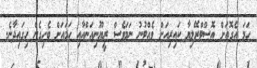
ހަމަ އެގޮތަށް އޮސްޓްރޭލިޔާ ކައިރިއަށް ވެއްޓުނު ނަމަވެސް ރީޔޫނިއަންއާއި ހަމައަށް ބެހިގެން ހިގައިދާނެ.